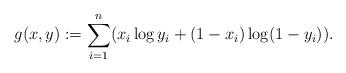
LaTeX: \begin{align*}g(x, y) := \sum_{i=1}^n(x_i \log y_i + (1-x_i)\log (1-y_i)). \end{align*}